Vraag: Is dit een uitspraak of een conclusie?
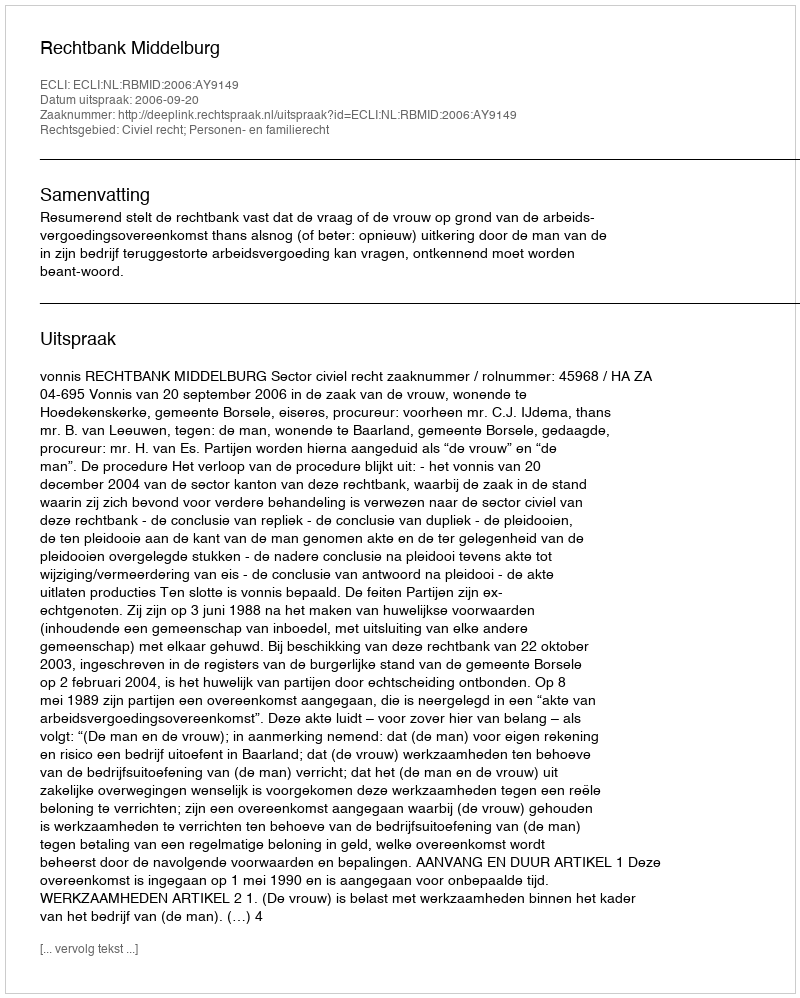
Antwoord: Uitspraak